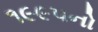
૧૯૯૫નો